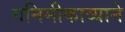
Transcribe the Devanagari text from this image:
गनिमीकाव्याने